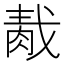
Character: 𦛹